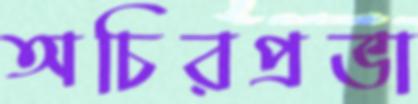
অচিরপ্রভা